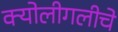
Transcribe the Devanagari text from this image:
क्योलीगलीचे